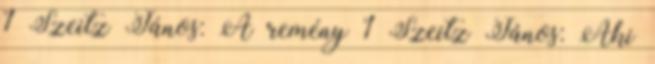
1 Szeitz János: A remény 1 Szeitz János: Aki